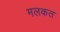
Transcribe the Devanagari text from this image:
मलकत